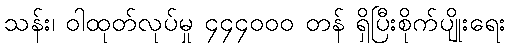
သန်း၊ ဝါထုတ်လုပ်မှု ၄၄၄၀၀၀ တန် ရှိပြီးစိုက်ပျိုးရေး